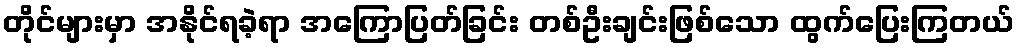
တိုင်များမှာ အနိုင်ရခဲ့ရာ အကြောပြတ်ခြင်း တစ်ဦးချင်းဖြစ်သော ထွက်ပြေးကြတယ်